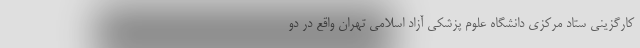
کارگزینی ستاد مرکزی دانشگاه علوم پزشکی آزاد اسلامی تهران واقع در دو